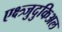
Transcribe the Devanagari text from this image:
एक्ष्त्र्जुदुकिअल